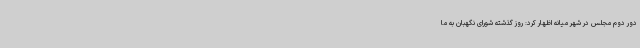
دور دوم مجلس در شهر میانه اظهار کرد: روز گذشته شورای نگهبان به ما